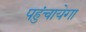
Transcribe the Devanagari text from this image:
पहुंचायेगा